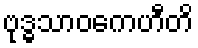
ဗုဒ္ဓသာဝကေဟီတိ